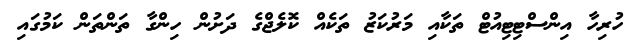
ހުރިހާ އިންސްޓިޓިއުޓް ތަކާއި މަރުކަޒު ތަކެއް ކޮލެޖްގެ ދަށުން ހިންގާ ތަންތަން ކަމުގައި